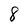
Character: 8